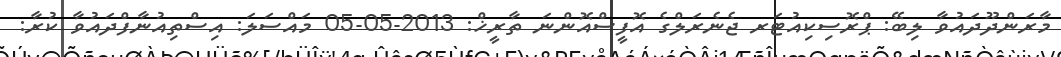
މާރަންދޫދައުވާ ލިބޭ: ޕްރޮސިކިއުޓަރ ޖެނެރަލްގެ އޮފީސްއޮންނަ ތާރީޚް: 2013-05-05 މައްސަލަ: އިސްތިއުނާފްދައުވާ ކުރާ: